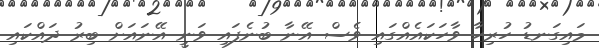
މައިގަނޑު ހުރިހާ ވާހަކައެއްގައި ވެސް އޭނާ ބުނެފައި ވަނީ އޭނައަށް ބިރު ދައްކައި